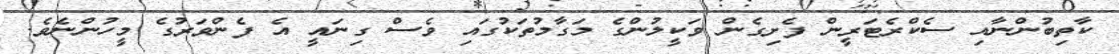
ކާތިބުންނާއި ސެކްރެޓަރީން ފެށިގެން ވަކީލުންގެ މަގާމުތަކުގައި ވެސް ގިނައީ އެ ފެންވަރުގެ މީހުންނެވެ.